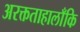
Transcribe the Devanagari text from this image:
अरक्तताहालाँकि